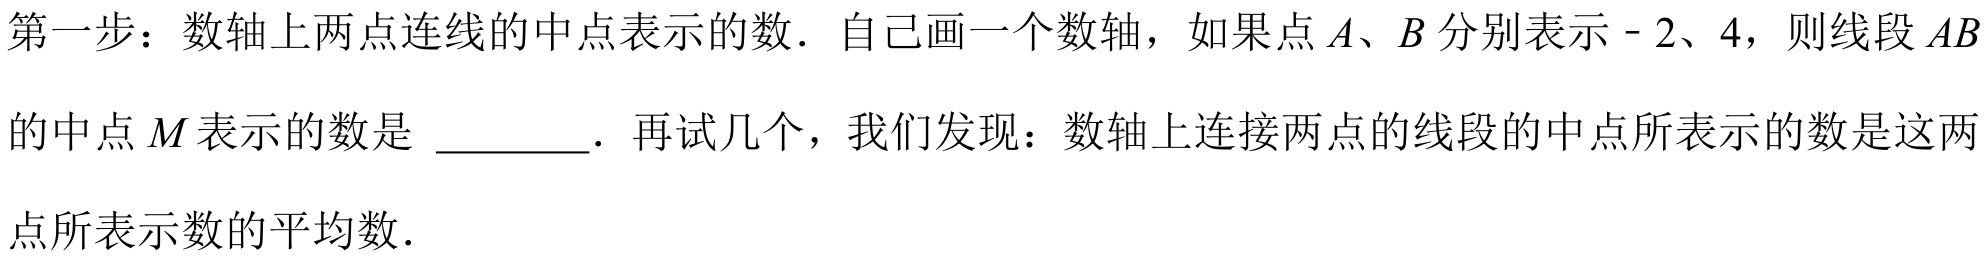
第一步：数轴上两点连线的中点表示的数．自己画一个数轴，如果点\(A、B\)分别表示\(-2、4\)，则线段\(AB\)的中点\(M\)表示的数是 \_\_\_\_\_．再试几个，我们发现：数轴上连接两点的线段的中点所表示的数是这两点所表示数的平均数．